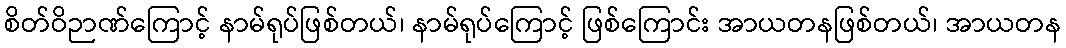
စိတ်ဝိဉာဏ်ကြောင့် နာမ်ရုပ်ဖြစ်တယ်၊ နာမ်ရုပ်ကြောင့် ဖြစ်ကြောင်း အာယတနဖြစ်တယ်၊ အာယတန